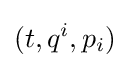
(t,q^{i},p_{i})